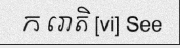
ក រោតិ [vi] See